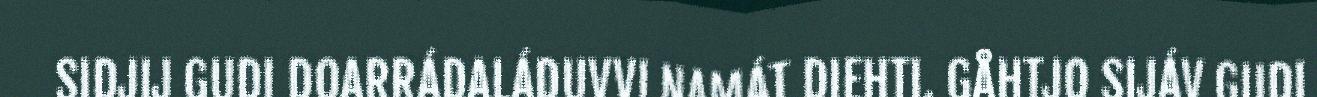
SIDJIJ GUDI DOARRÁDALÁDUVVI NAMÁT DIEHTI. GÅHTJO SIJÁV GUDI